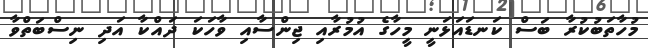
މުހާތަބުކުރާ ބަސް ކަނޑައަޅަނީ މީހާގެ އުމުރާއި ޖިންސާއި ވާހަކަ ދައްކާ އަދި ނިސްބަތްވާ